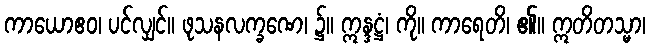
ကာယောဧဝ၊ ပင်လျှင်။ ဖုသနလက္ခဏေ၊ ၌။ ဣန္ဒဋ္ဌံ၊ ကို။ ကာရေတိ၊ ၏။ ဣတိတသ္မာ၊